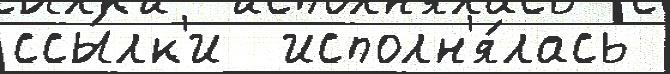
ссы́лк'и  исполн'я́лась